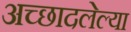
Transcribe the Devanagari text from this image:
अच्छादलेल्या